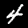
Label: 4